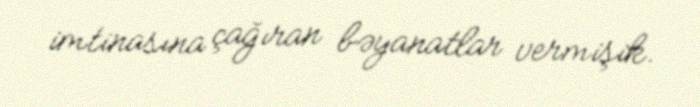
imtinasına çağıran bəyanatlar vermişik.